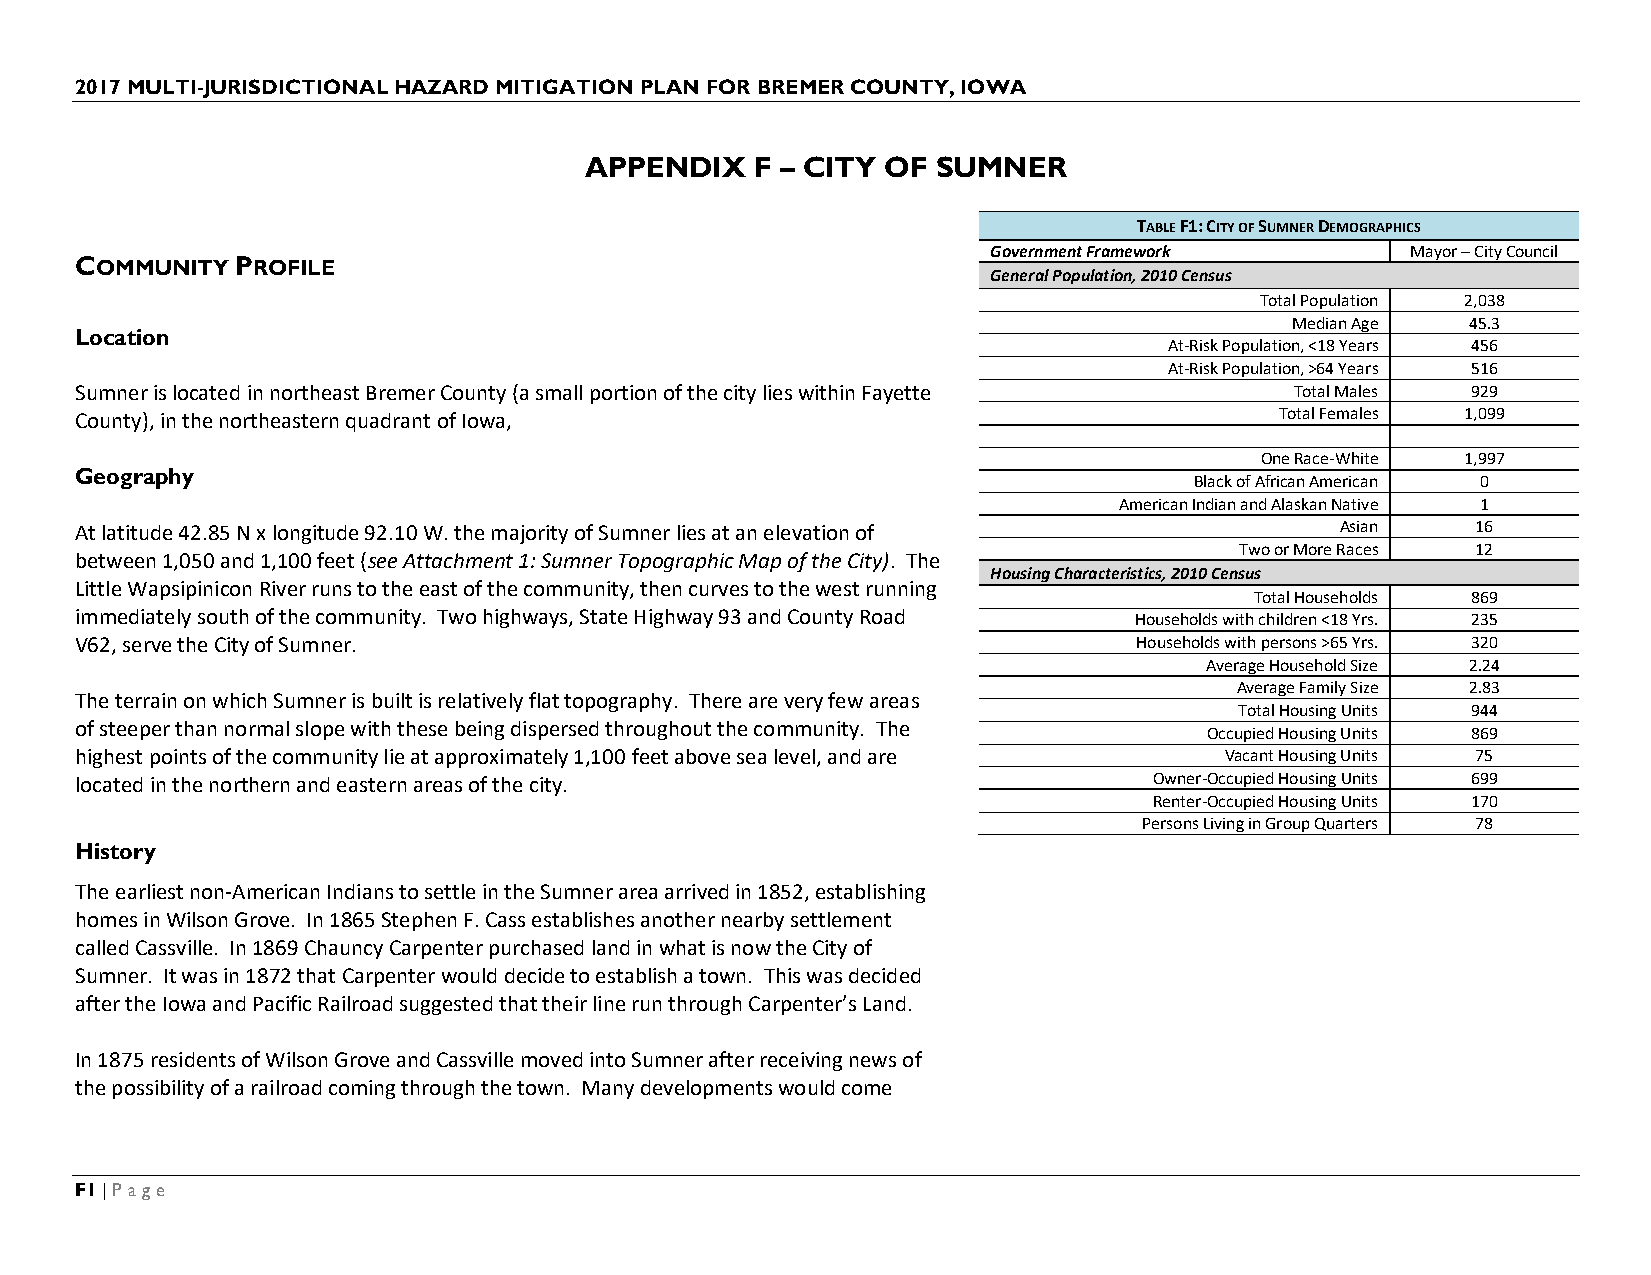
2017 MULTI-JURISDICTIONAL HAZARD MITIGATION PLAN FOR BREMER COUNTY, IOWA
 APPENDIX   F – CITY OF SUMNER
 TABLE F1: CITY OF SUMNER DEMOGRAPHICS
 Government Framework       Mayor – City Council
 COMMUNITY  PROFILE
 General Population, 2010 Census
 Total Population 2,038
 Median Age  45.3
 Location
 At-Risk Population, <18 Years 456
 At-Risk Population, >64 Years 516
 Sumner is located in northeast Bremer County (a small portion of the city lies within Fayette Total Males 929
 County), in the northeastern quadrant of Iowa,                                  Total Females 1,099
 One Race-White 1,997
 Geography
 Black of African American 0
 American Indian and Alaskan Native 1
 At latitude 42.85 N x longitude 92.10 W. the majority of Sumner lies at an elevation of Asian 16
 Two or More Races 12
 between 1,050 and 1,100 feet (see Attachment 1: Sumner Topographic Map of the City). The
 Housing Characteristics, 2010 Census
 Little Wapsipinicon River runs to the east of the community, then curves to the west running
 Total Households 869
 immediately south of the community. Two highways, State Highway 93 and County Road Households with children <18 Yrs. 235
 V62, serve the City of Sumner.                                        Households with persons >65 Yrs. 320
 Average Household Size 2.24
 Average Family Size 2.83
 The terrain on which Sumner is built is relatively flat topography. There are very few areas
 Total Housing Units 944
 of steeper than normal slope with these being dispersed throughout the community. The
 Occupied Housing Units 869
 highest points of the community lie at approximately 1,100 feet above sea level, and are Vacant Housing Units 75
 located in the northern and eastern areas of the city.                 Owner-Occupied Housing Units 699
 Renter-Occupied Housing Units 170
 Persons Living in Group Quarters 78
 History
 The earliest non-American Indians to settle in the Sumner area arrived in 1852, establishing
 homes in Wilson Grove. In 1865 Stephen F. Cass establishes another nearby settlement
 called Cassville. In 1869 Chauncy Carpenter purchased land in what is now the City of
 Sumner. It was in 1872 that Carpenter would decide to establish a town. This was decided
 after the Iowa and Pacific Railroad suggested that their line run through Carpenter’s Land.
 In 1875 residents of Wilson Grove and Cassville moved into Sumner after receiving news of
 the possibility of a railroad coming through the town. Many developments would come
 F1 | Page